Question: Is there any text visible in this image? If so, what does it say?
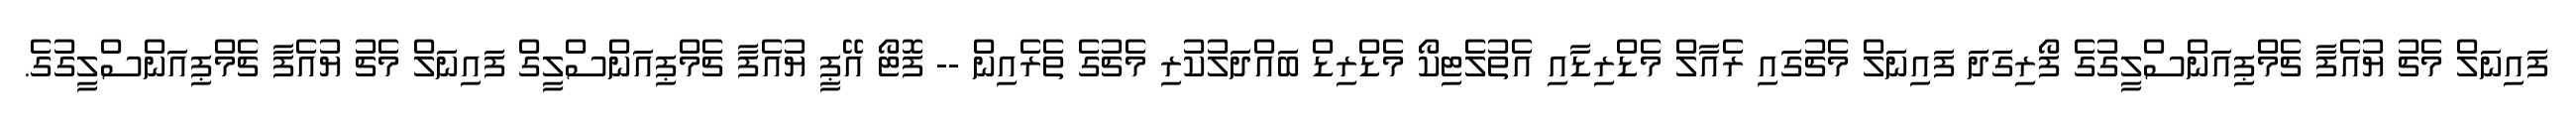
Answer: ފައިނަލް މެޗު ޔުއެފާ ޗެމްޕިއަންސްލީގުގެ ފޯރިގަދަ ފައިނަލް މެޗުގައި ރެއާލް މެޑްރިޑާއި އެތުލެޓިކޯ މެޑްރިޑް ބައްދަލުކުރި މެޗުގެ ތެރެއިން -- ފޮޓޯ އޭޕީ ޔުއެފާ ޗެމްޕިއަންސްލީގް ފައިނަލް މެޗު ޔުއެފާ ޗެމްޕިއަންސްލީގުގެ.